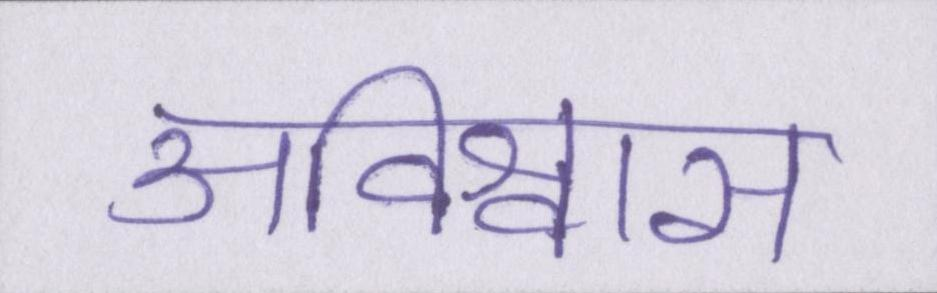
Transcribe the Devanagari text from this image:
अविश्वास